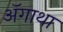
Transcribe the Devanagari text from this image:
ॲगाथा